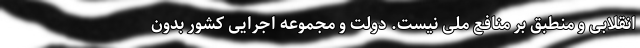
انقلابی و منطبق بر منافع ملی نیست. دولت و مجموعه اجرایی کشور بدون